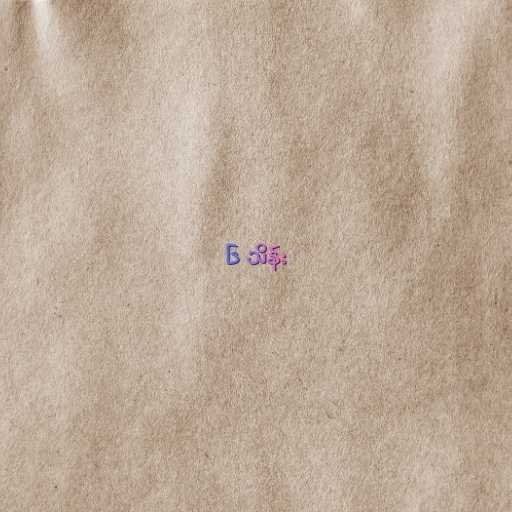
၆ သိန်း